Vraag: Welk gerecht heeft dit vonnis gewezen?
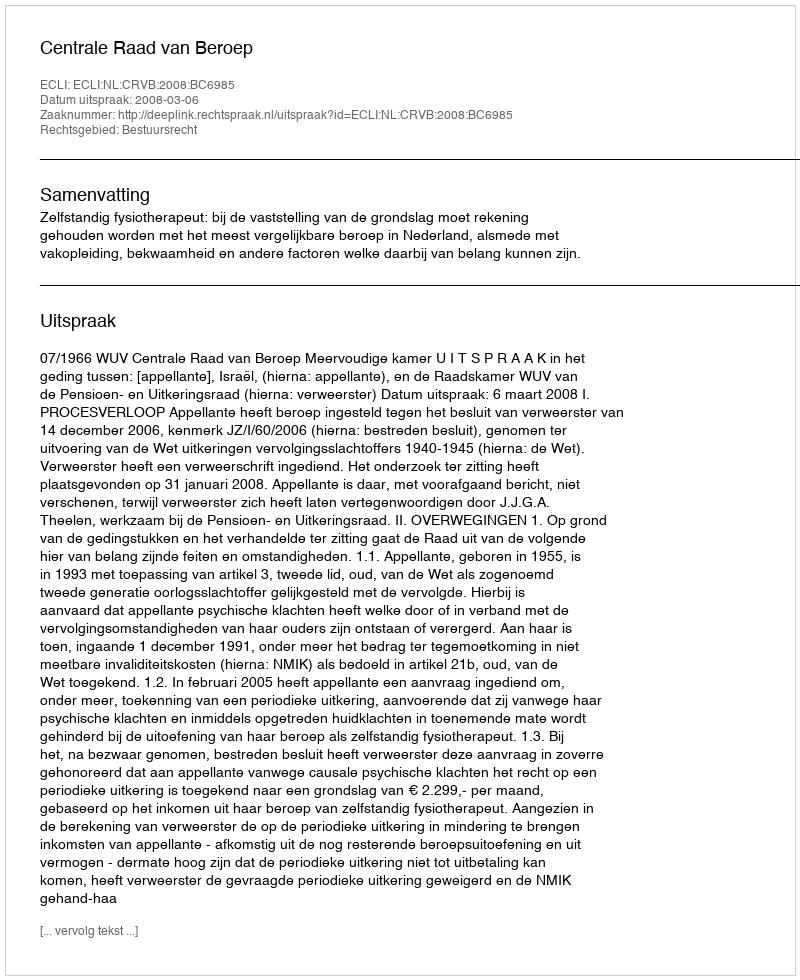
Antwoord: Centrale Raad van Beroep